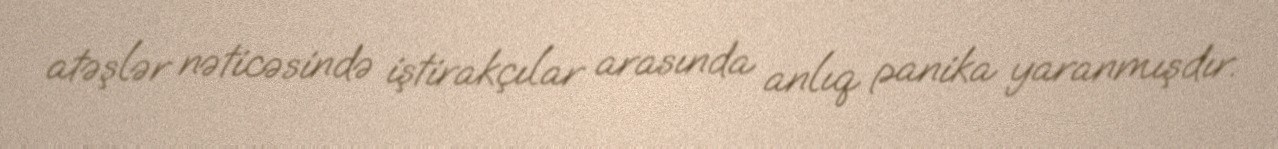
atəşlər nəticəsində iştirakçılar arasında anlıq panika yaranmışdır.